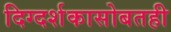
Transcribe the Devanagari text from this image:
दिग्दर्शकासोबतही